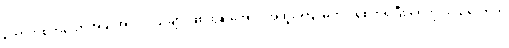
ကောက်စိုက်သောအခါ အပင် ငယ်များဖြစ်ထွန်းအောင် အထူး ကြပ်မတ် ဂရုစိုက်ရပြီး ရေကို လိုသလောက်